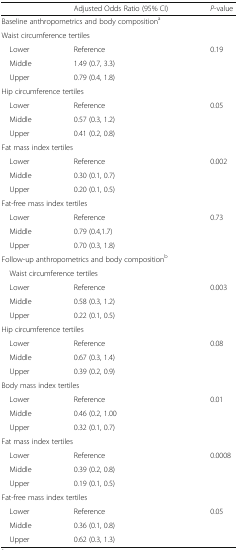
|  | Adjusted Odds Ratio (95% CI) | P-value |
 | --- | --- | --- |
 | <COLSPAN=3> Baseline anthropometrics and body compositiona |
 | <COLSPAN=3> Waist circumference tertiles |
 | Lower | Reference | 0.19 |
 | Middle | 1.49 (0.7, 3.3) |  |
 | Upper | 0.79 (0.4, 1.8) |  |
 | <COLSPAN=3> Hip circumference tertiles |
 | Lower | Reference | 0.05 |
 | Middle | 0.57 (0.3, 1.2) |  |
 | Upper | 0.41 (0.2, 0.8) |  |
 | <COLSPAN=3> Fat mass index tertiles |
 | Lower | Reference | 0.002 |
 | Middle | 0.30 (0.1, 0.7) |  |
 | Upper | 0.20 (0.1, 0.5) |  |
 | <COLSPAN=3> Fat-free mass index tertiles |
 | Lower | Reference | 0.73 |
 | Middle | 0.79 (0.4,1.7) |  |
 | Upper | 0.70 (0.3, 1.8) |  |
 | <COLSPAN=3> Follow-up anthropometrics and body compositionb |
 | <COLSPAN=3> Waist circumference tertiles |
 | Lower | Reference | 0.003 |
 | Middle | 0.58 (0.3, 1.2) |  |
 | Upper | 0.22 (0.1, 0.5) |  |
 | <COLSPAN=3> Hip circumference tertiles |
 | Lower | Reference | 0.08 |
 | Middle | 0.67 (0.3, 1.4) |  |
 | Upper | 0.39 (0.2, 0.9) |  |
 | <COLSPAN=3> Body mass index tertiles |
 | Lower | Reference | 0.01 |
 | Middle | 0.46 (0.2, 1.00 |  |
 | Upper | 0.32 (0.1, 0.7) |  |
 | <COLSPAN=3> Fat mass index tertiles |
 | Lower | Reference | 0.0008 |
 | Middle | 0.39 (0.2, 0.8) |  |
 | Upper | 0.19 (0.1, 0.5) |  |
 | <COLSPAN=3> Fat-free mass index tertiles |
 | Lower | Reference | 0.05 |
 | Middle | 0.36 (0.1, 0.8) |  |
 | Upper | 0.62 (0.3, 1.3) |  |